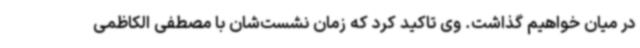
در میان خواهیم گذاشت. وی تاکید کرد که زمان نشست‌شان با مصطفی الکاظمی